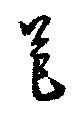
芭